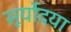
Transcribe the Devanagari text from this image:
सूर्योदया